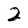
Character: 2